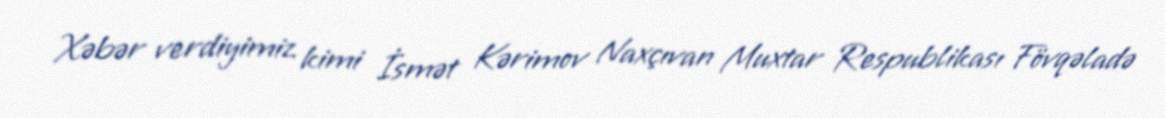
Xəbər verdiyimiz kimi İsmət Kərimov Naxçıvan Muxtar Respublikası Fövqəladə